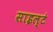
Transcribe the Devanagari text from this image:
साइल्ट॑